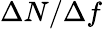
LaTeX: \Delta N/\Delta f